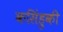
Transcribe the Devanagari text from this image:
कसिंहुकी